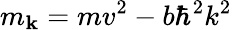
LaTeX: m_{\mathbf{k}}=mv^{2}-b\hbar^{2}k^{2}